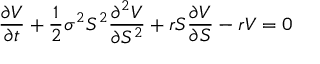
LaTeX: { \frac { \partial V } { \partial t } } + { \frac { 1 } { 2 } } \sigma ^ { 2 } S ^ { 2 } { \frac { \partial ^ { 2 } V } { \partial S ^ { 2 } } } + r S { \frac { \partial V } { \partial S } } - r V = 0